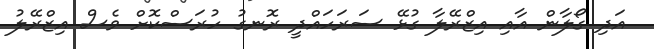
އަދި ގޯލާން އާއި އިޒްރޭލާ ގުޅޭ ސަރަހައްދީ ރޮނގު ހުރަސްކޮށް ވެސް އިޒްރޭލު